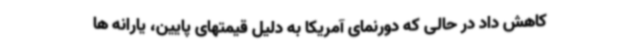
کاهش داد در حالی که دورنمای آمریکا به دلیل قیمتهای پایین، یارانه ها